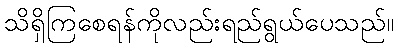
သိရှိကြစေရန်ကိုလည်းရည်ရွယ်ပေသည်။